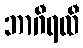
ဘာဂီရထီ